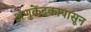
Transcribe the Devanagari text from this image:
अणुकेंद्रकापासून